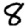
Digit: 8